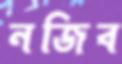
নজিব